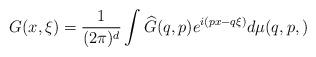
LaTeX: \begin{align*}G(x,\xi)=\frac1{(2\pi)^{d}}\int \widehat G(q,p)e^{i({px-q\xi})}d\mu(q,p,)\end{align*}